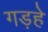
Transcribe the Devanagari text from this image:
गड़हे